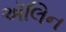
ઍલિન